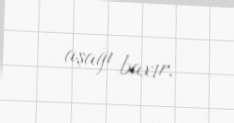
aşağı baxır.